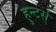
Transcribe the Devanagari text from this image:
हुन्टर्स्